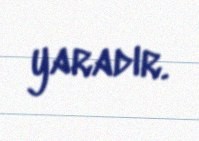
yaradır.